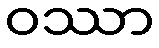
ဝဿာ